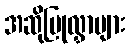
အဆိုပြုလွှာများ